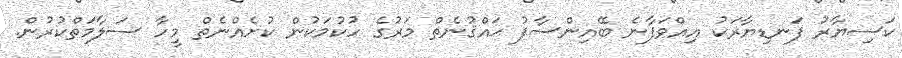
ކަސިޔާރު ފަނޑިޔާރަަކު އިއްވަފާނެ ބޭއިންސާފު ޙައްޤުނެތް މަރުގެ ހުކުމަކުން ކުށެއްނެތް މީހާ ސަލާމަތްކުރުން.